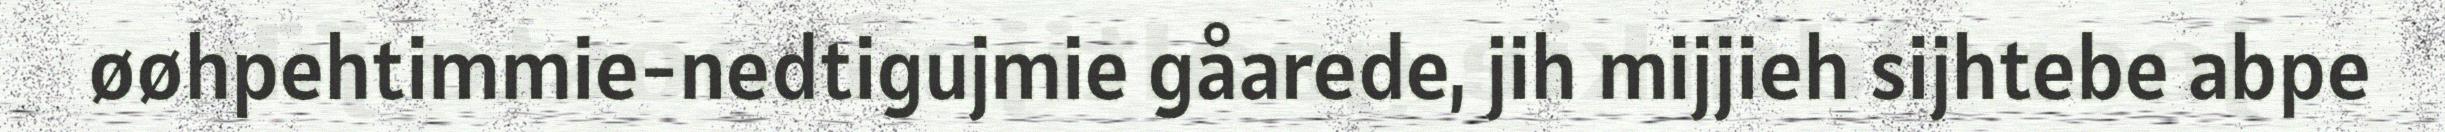
øøhpehtimmie-nedtigujmie gåarede, jih mijjieh sijhtebe abpe